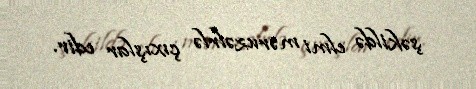
şəkildə elmi məruzəlrlə çıxışlar edir.